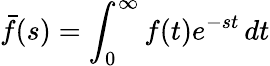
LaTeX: {\bar{f}}(s)=\int_{0}^{\infty}f(t)e^{-st}\, dt